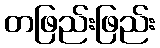
တဖြည်းဖြည်း